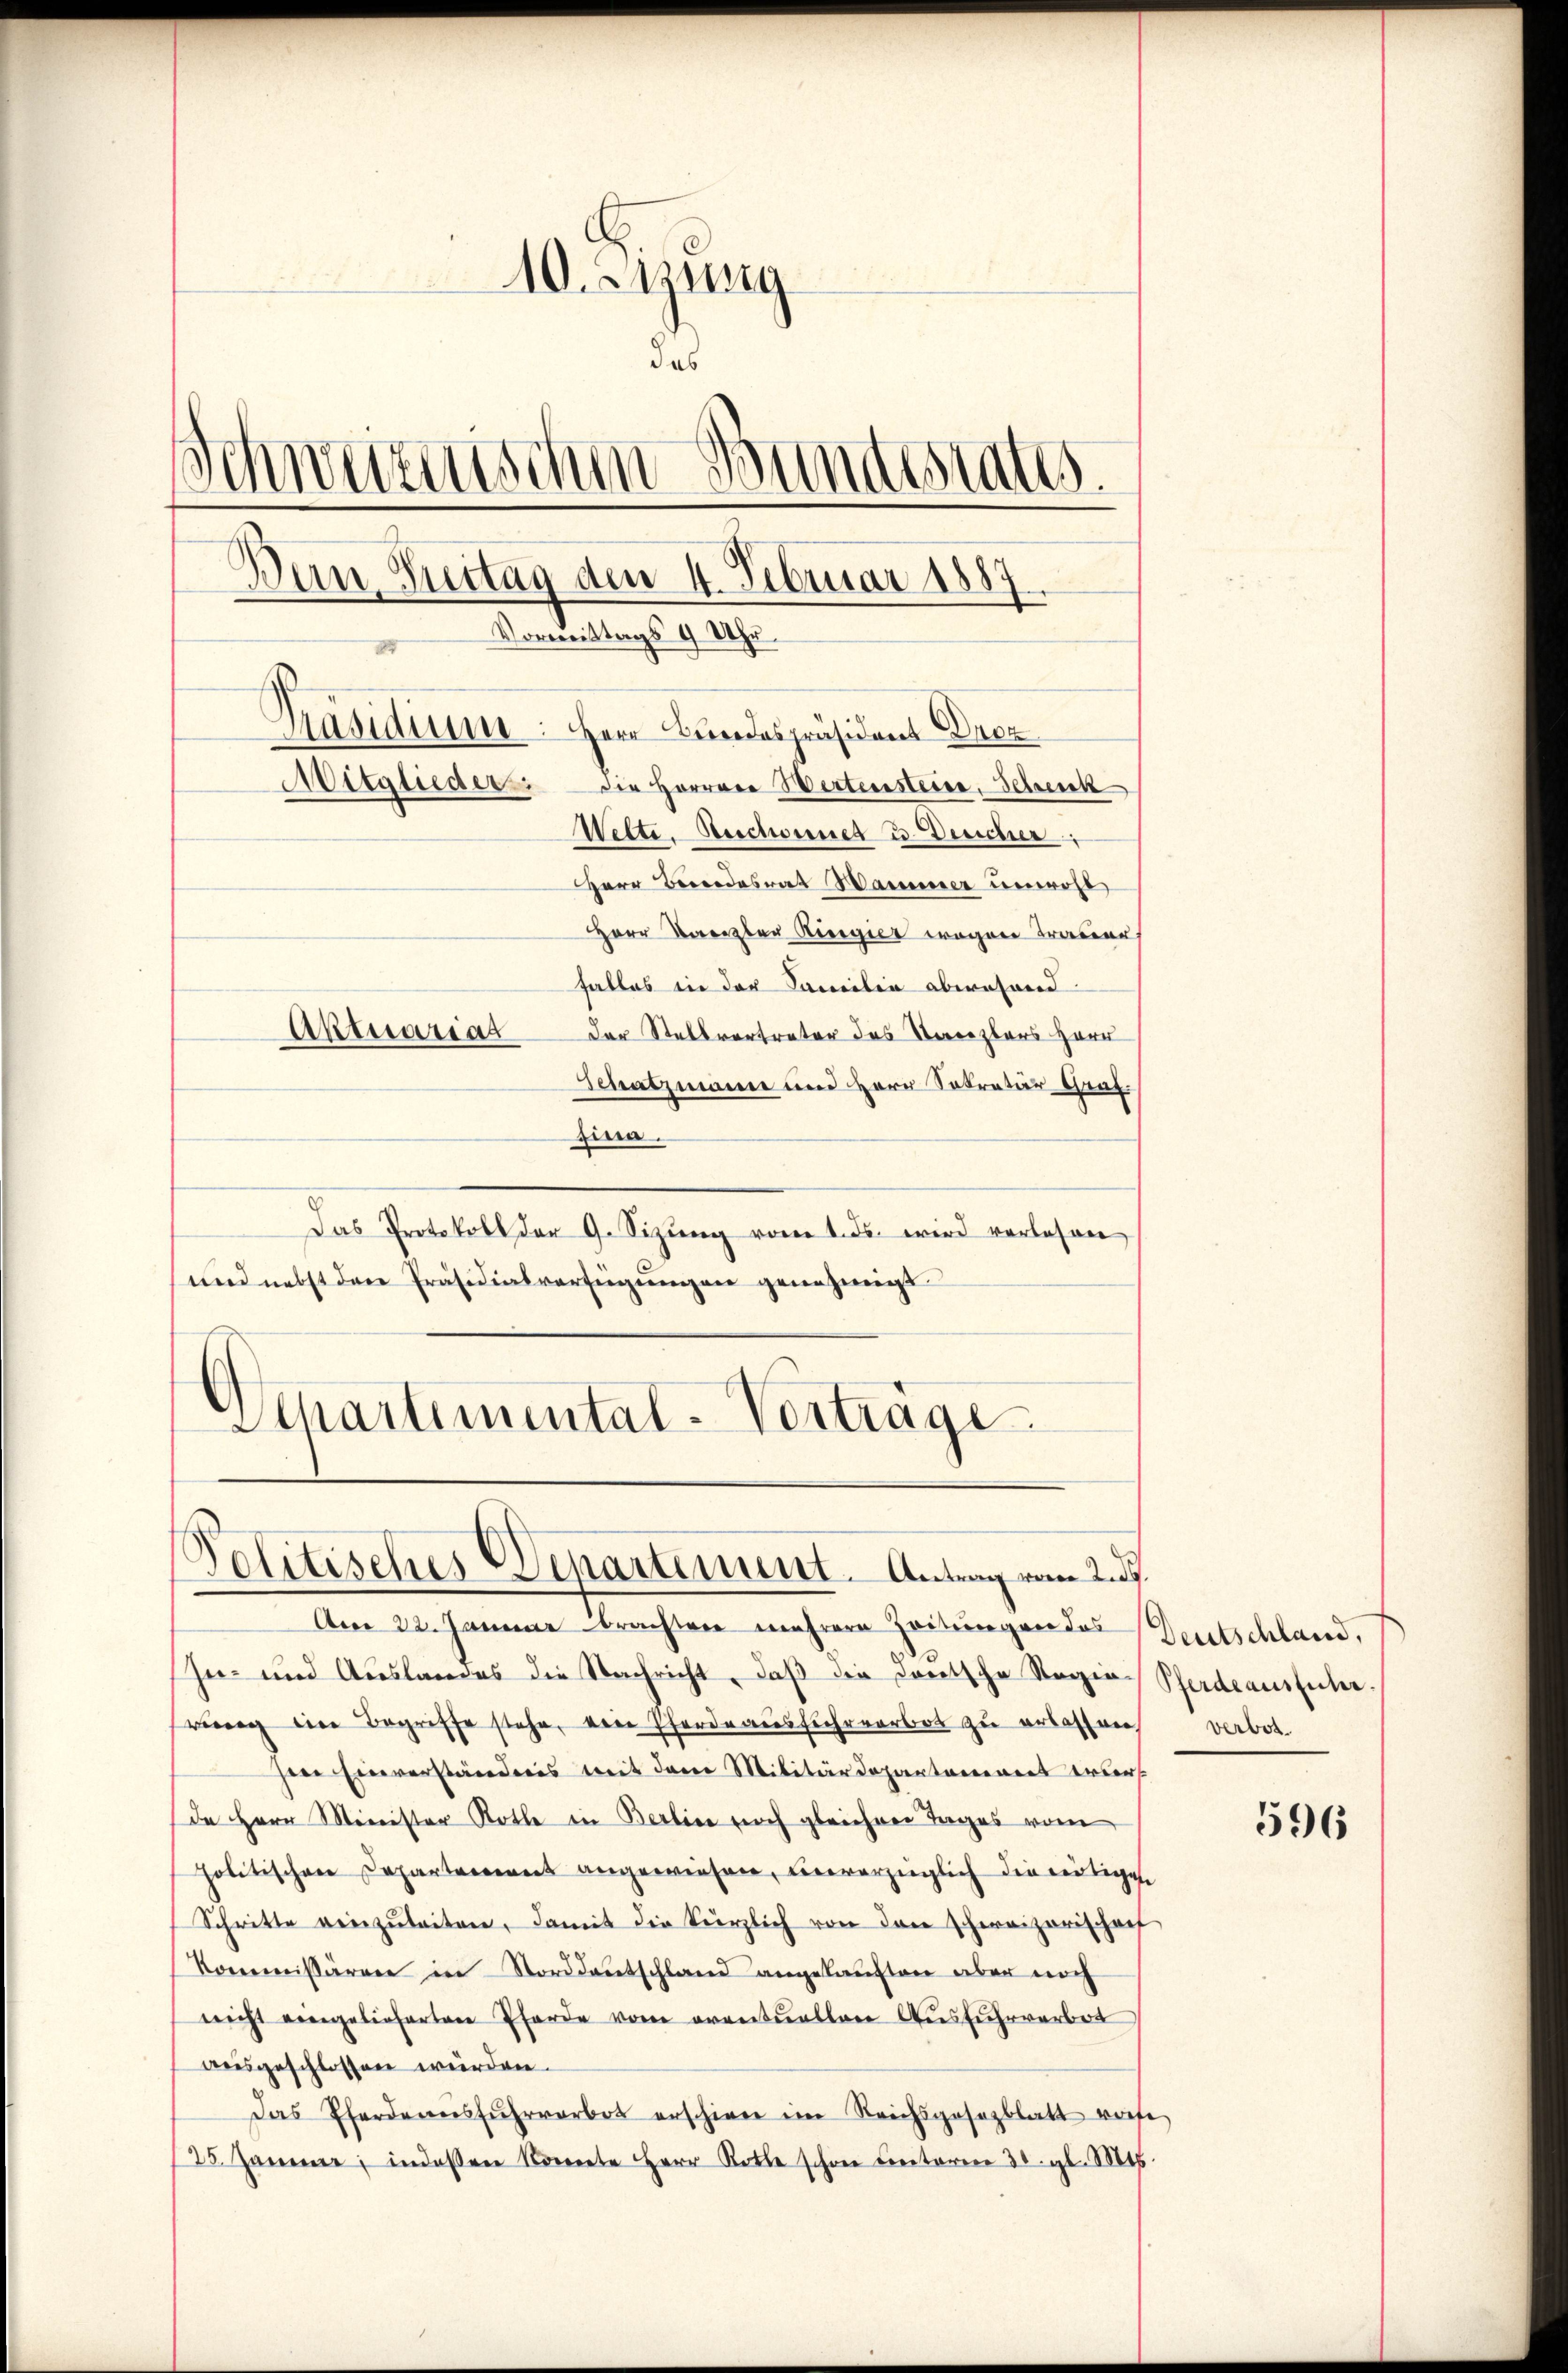
10. Sitzung
das
Schweizerischen Bundesrates.
Bern Zeitag den 4. Februar 1887
Vormittags 9 Uhr.
Präsidium. Herr Bundespräsident Dr
Mitglieder die Herren Wertensteige, Schreck
Wette. Beschonet 2. Desicher
HHerr Besondesrat Marmer unwohl
Herr Kanzler Regier wegen Trauer
falles in der Familie abwesend.
Aktuariat der Stellvertreter das Verenzlers Herr
Schatzmann und Herr Sekretär Graf.

ziere.
Das Protokoll der 9. Sizŭng vom 1. ds. wird verlesen
und nebst der Präsidialverfügŭngen genehmigt.

Apartimental-Vorträge
Politisches Departenunt. Antrag vom 25.

Am 22. Januar brachten mehrere Zeitungen das Deutschland,
IIn- und Auslandes die Nachricht, daβ die dortsche Regie-Pferdeausführ
rung im Begriffe stehe, ein Pferdeausfuhrverbot zu erlassene
here Einverständnis mit dem Militärdepartanenert erbers
de Herr Minister Rothe in Berline noch gleichen Tages vom
politischen Departement angewiesen, hervorzüglich die reitigen
Schritte reinzŭleiten, damit die kürzlich von den Schweizerischen
Kommissären in Norddeutschland angekauften aber noch
nicht eingelieferten Pferde vom eventuellen Ausfuhrverbot
ausgeschlossen würden.
Das Pferdensfŭhrverbot erschiene im Reichsgesezblatt vorse
/25. Jamme; indessen konnte Herr Rotte schon Centoren 30. gl. Mts.

verbot.

596